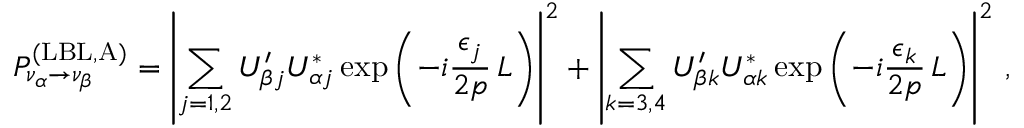
P _ { \nu _ { \alpha } \to \nu _ { \beta } } ^ { ( \mathrm { L B L , A } ) } = \left| \sum _ { j = 1 , 2 } U _ { \beta j } ^ { \prime } U _ { \alpha j } ^ { * } \exp { \left( - i \frac { \epsilon _ { j } } { 2 p } \, L \right) } \right| ^ { 2 } + \left| \sum _ { k = 3 , 4 } U _ { \beta k } ^ { \prime } U _ { \alpha k } ^ { * } \exp { \left( - i \frac { \epsilon _ { k } } { 2 p } \, L \right) } \right| ^ { 2 } \, ,